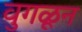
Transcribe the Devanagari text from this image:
वुगळून